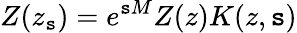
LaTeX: Z(z_{\mathtt{s}})=e^{\mathtt{s}M}Z(z)K(z,\mathtt{s})